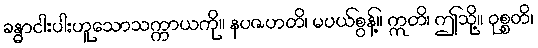
ခန္ဓာငါးပါးဟူသောသက္ကာယကို။ နပဇဟတိ၊ မပယ်စွန့်။ ဣတိ၊ ဤသို့။ ဝုစ္စတိ၊